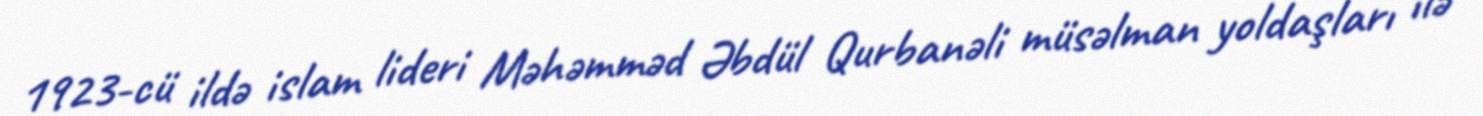
1923-cü ildə islam lideri Məhəmməd Əbdül Qurbanəli müsəlman yoldaşları ilə